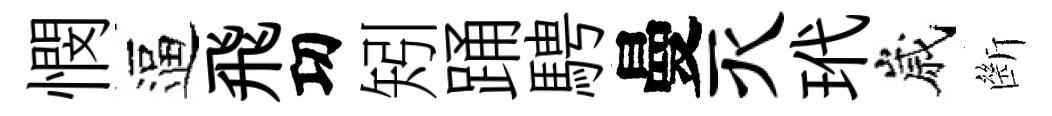
憫逼飛㓛矧踊騁曼灭玳嵗㫁